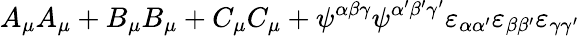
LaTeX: A_{\mu}A_{\mu}+B_{\mu}B_{\mu}+C_{\mu}C_{\mu}+\psi^{\alpha\beta\gamma}\psi^{\alpha^{\prime}\beta^{\prime}\gamma^{\prime}}\varepsilon_{\alpha\alpha^{\prime}}\varepsilon_{\beta\beta^{\prime}}\varepsilon_{\gamma\gamma^{\prime}}